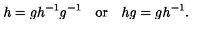
h = g h ^ { - 1 } g ^ { - 1 } \quad \mathrm { o r } \quad h g = g h ^ { - 1 } .